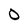
Character: O